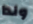
ولدا